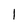
Character: l